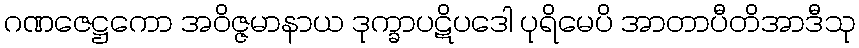
ဂဏဇေဋ္ဌကော အဝိဇ္ဇမာနာယ ဒုက္ခာပဋိပဒေါ ပုရိမေပိ အာတာပီတိအာဒီသု